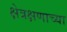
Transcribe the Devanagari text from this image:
क्षेत्रक्षणाच्या